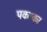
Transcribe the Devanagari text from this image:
पकाक।